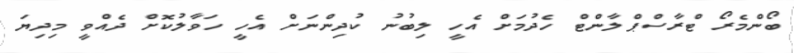
ބޯންމެރޯ ޓްރާސްޕްލާންޓް ހެދުމަށް އެހީ ލިބުނު ކުދިންނަށް އެހީ ހަވާލުކޮށް ދެއްވީ މިދިޔަ